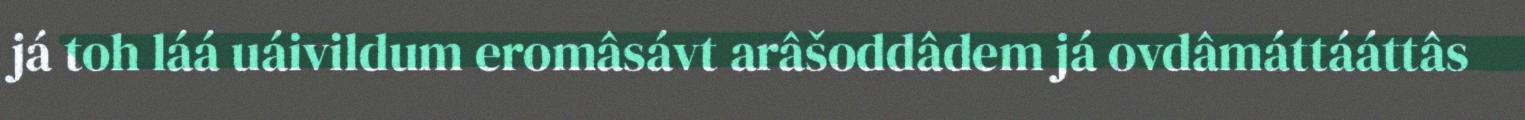
já toh láá uáivildum eromâsávt arâšoddâdem já ovdâmáttááttâs